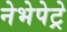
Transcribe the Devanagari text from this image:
नेभेपेट्रे